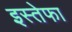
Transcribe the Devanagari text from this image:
इस्तेफा